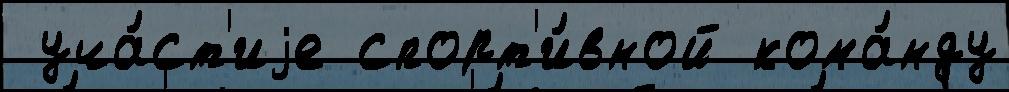
 уча́ст'иjе спорт'и́вной кома́нду